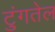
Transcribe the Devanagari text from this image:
टुंगतेल